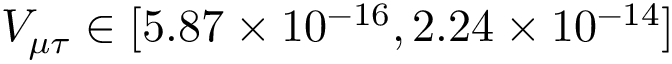
V _ { \mu \tau } \in [ 5 . 8 7 \times 1 0 ^ { - 1 6 } , 2 . 2 4 \times 1 0 ^ { - 1 4 } ]